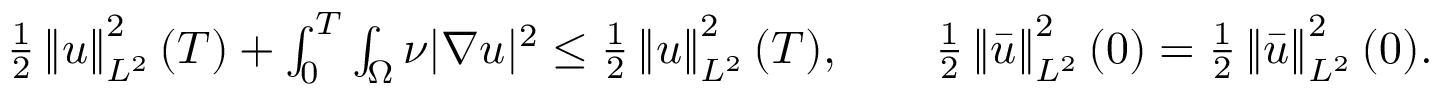
\begin{array} { r } { \frac 1 2 \left\lVert u \right\rVert _ { L ^ { 2 } } ^ { 2 } ( T ) + \int _ { 0 } ^ { T } \int _ { \Omega } \nu | \nabla u | ^ { 2 } \le \frac 1 2 \left\lVert u \right\rVert _ { L ^ { 2 } } ^ { 2 } ( T ) , \qquad \frac 1 2 \left\lVert \bar { u } \right\rVert _ { L ^ { 2 } } ^ { 2 } ( 0 ) = \frac 1 2 \left\lVert \bar { u } \right\rVert _ { L ^ { 2 } } ^ { 2 } ( 0 ) . } \end{array}